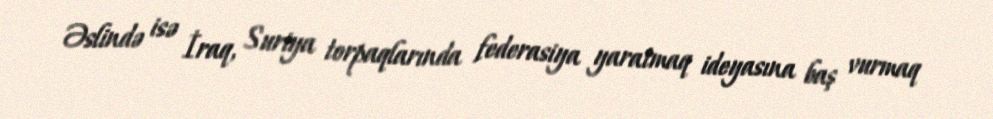
Əslində isə İraq, Suriya torpaqlarında federasiya yaratmaq ideyasına baş vurmaq